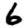
Digit: 6